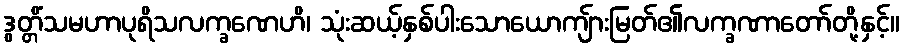
ဒွတ္တိံသမဟာပုရိသလက္ခဏေဟိ၊ သုံးဆယ့်နှစ်ပါးသောယောကျ်ားမြတ်၏လက္ခဏာတော်တို့နှင့်။